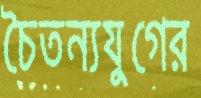
চৈতন্যযুগের